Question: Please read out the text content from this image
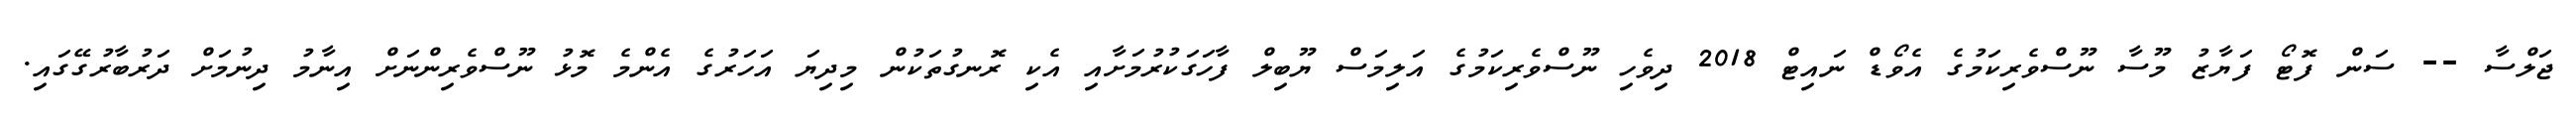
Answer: ޖަލްސާ -- ސަން ފޮޓޯ ފަޔާޒު މޫސާ ނޫސްވެރިކަމުގެ އެވޯޑް ނައިޓް 2018 ދިވެހި ނޫސްވެރިކަމުގެ އަލިމަސް ޔޫބިލް ފާހަގަކުރުމަށާއި އެކި ރޮނގުތަކުން މިދިޔަ އަހަރުގެ އެންމެ މޮޅު ނޫސްވެރިންނަށް އިނާމު ދިނުމަށް ދަރުބާރުގޭގައި.